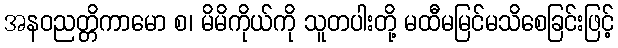
အနဝညတ္တိကာမော စ၊ မိမိကိုယ်ကို သူတပါးတို့ မထီမမြင်မသိစေခြင်းဖြင့်